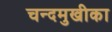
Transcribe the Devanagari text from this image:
चन्दमुखीका